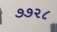
૭૭૨૮